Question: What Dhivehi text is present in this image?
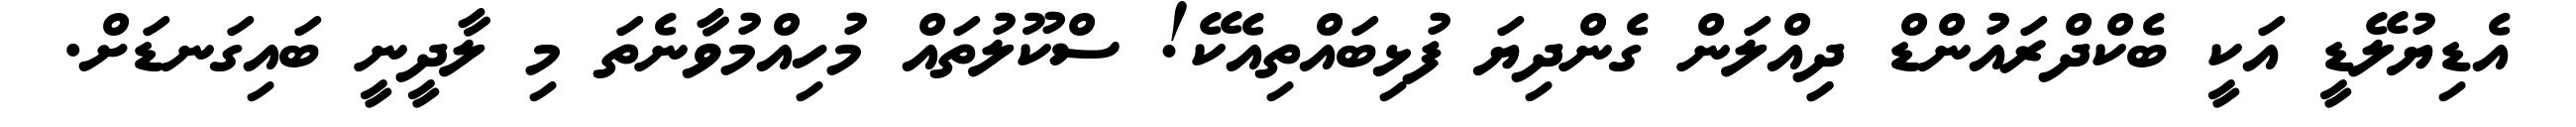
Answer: އެޑިޔުލޭޑީ އަކީ ބެކްދްރައުންޑް ދިިއްލަން ގެންދިޔަ ފުޅިބައްތިއެކޭ! ސްކޫލުތައް މުހިއްމުވާނެތަ މި ލާދީނީ ބައިގަނޑަށް.